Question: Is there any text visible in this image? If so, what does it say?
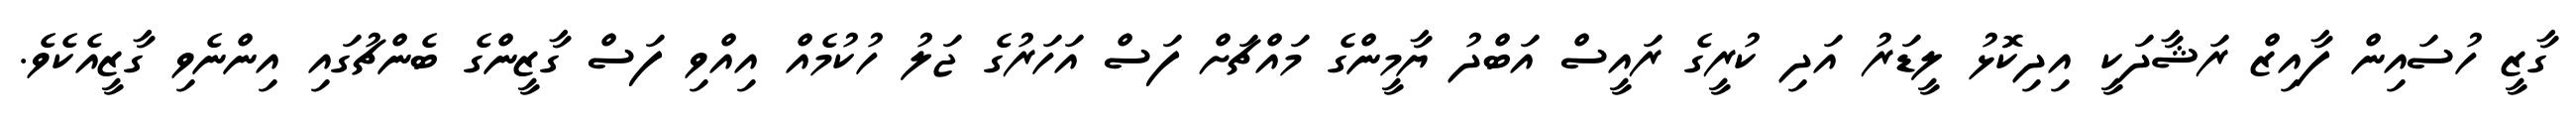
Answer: ގާޒީ ހުސައިން ފާއިޒް ރަޝާދަކީ އިދިކޮޅު ލީޑަރު އަދި ކުރީގެ ރައީސް އަބްދު ޔާމީންގެ މައްޗަށް ފަސް އަހަރުގެ ޖަލު ހުކުމެއް އިއްވި ފަސް ގާޒީންގެ ބެންޗުގައި އިންނެވި ގާޒީއެކެވެ.